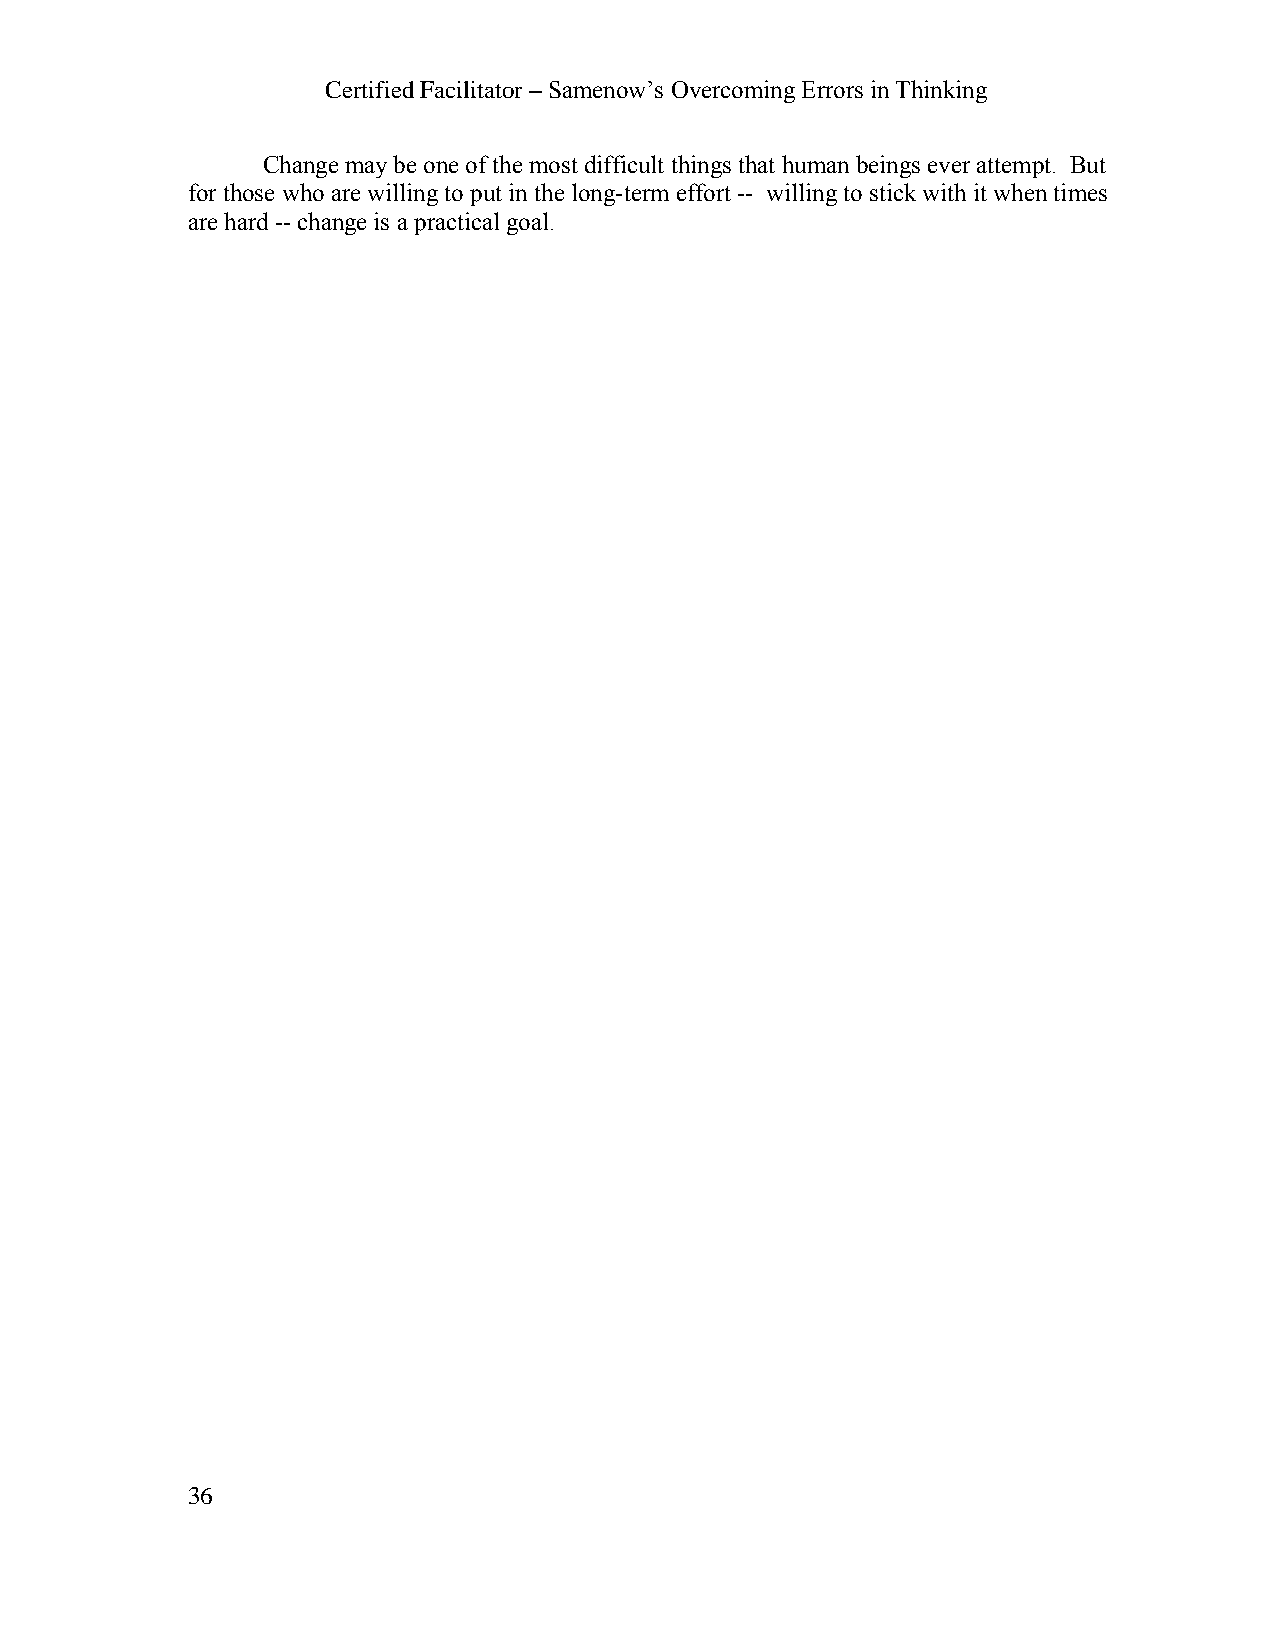
Certified Facilitator – Samenow’s Overcoming Errors in Thinking
 Change may be one of the most difficult things that human beings ever attempt. But
 for those who are willing to put in the long-term effort -- willing to stick with it when times
 are hard -- change is a practical goal.
 36